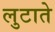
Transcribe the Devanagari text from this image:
लुटाते